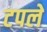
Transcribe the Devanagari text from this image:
टपले